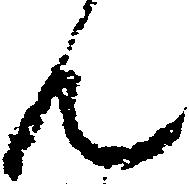
ん